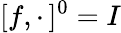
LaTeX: [f,\cdot\, ]^{0}=I